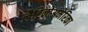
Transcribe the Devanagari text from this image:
लैटिनोअमेरिका